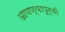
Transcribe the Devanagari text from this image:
आणण्यापूर्वी